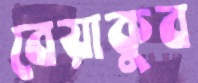
বেয়াকুব